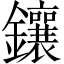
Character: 鑲